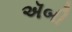
ઍબી